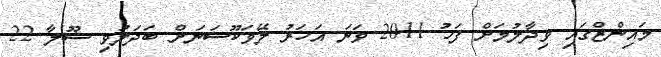
މައިންޒްގައި ވިދާލުމަށް ފަހު 2011 ވަނަ އަހަރު ލޭވަކޫސަނަށް ބަދަލުވި ޝޫލާ 22